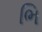
ભિ